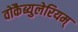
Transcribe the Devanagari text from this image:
वोकैब्युलेरियम्